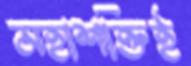
মহাশক্তিই